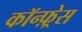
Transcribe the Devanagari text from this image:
कॉन्फ़्रेस